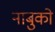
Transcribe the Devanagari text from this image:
नाबुको